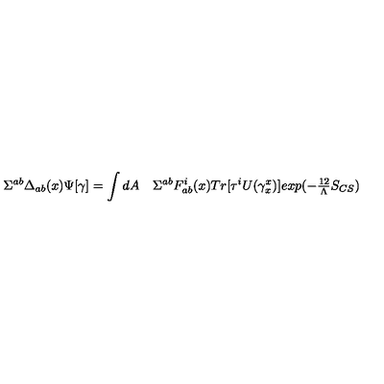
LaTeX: \Sigma ^ { a b } \Delta _ { a b } ( x ) \Psi [ \gamma ] = \int d A \quad \Sigma ^ { a b } F _ { a b } ^ { i } ( x ) T r [ \tau ^ { i } U ( \gamma _ { x } ^ { x } ) ] e x p ( - { \textstyle { \frac { 1 2 } { \Lambda } } } S _ { C S } )